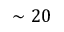
\sim 2 0